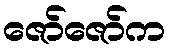
ဇော်ဇော်က